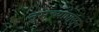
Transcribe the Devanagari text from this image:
तुमच्यापासून